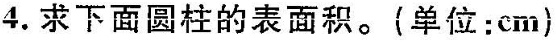
4.求下面圆柱的表面积。(单位：cm}